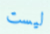
ليست